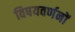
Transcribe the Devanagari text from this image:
विषयवर्णनों